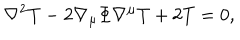
\nabla ^ { 2 } T - 2 \nabla _ { \mu } \Phi \nabla ^ { \mu } T + 2 T = 0 ,